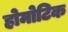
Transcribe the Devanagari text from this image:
होमोटिक